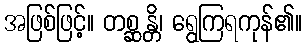
အဖြစ်ဖြင့်။ တစ္ဆန္တိ၊ ရွေကြရကုန်၏။